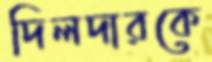
দিলদারকে